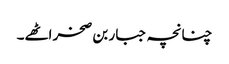
چنانچہ جبار بن صخر اٹھے۔